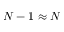
N - 1 \approx N